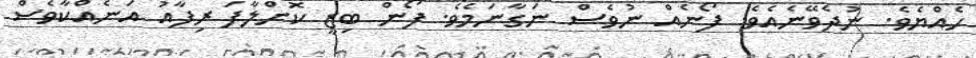
ހެއްޔެވެ. ނުދެވޭނެއެވެ. ފޯނެއް ނުވެސް ނަގާނަމެވެ. ފޯން ބިޒީ ކޮށްލާފަ ރިފާއު އަނެއްކާވެސް